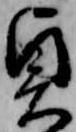
貞